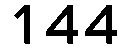
144